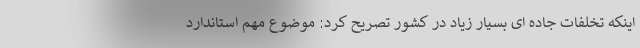
اینکه تخلفات جاده ای بسیار زیاد در کشور تصریح کرد: موضوع مهم استاندارد